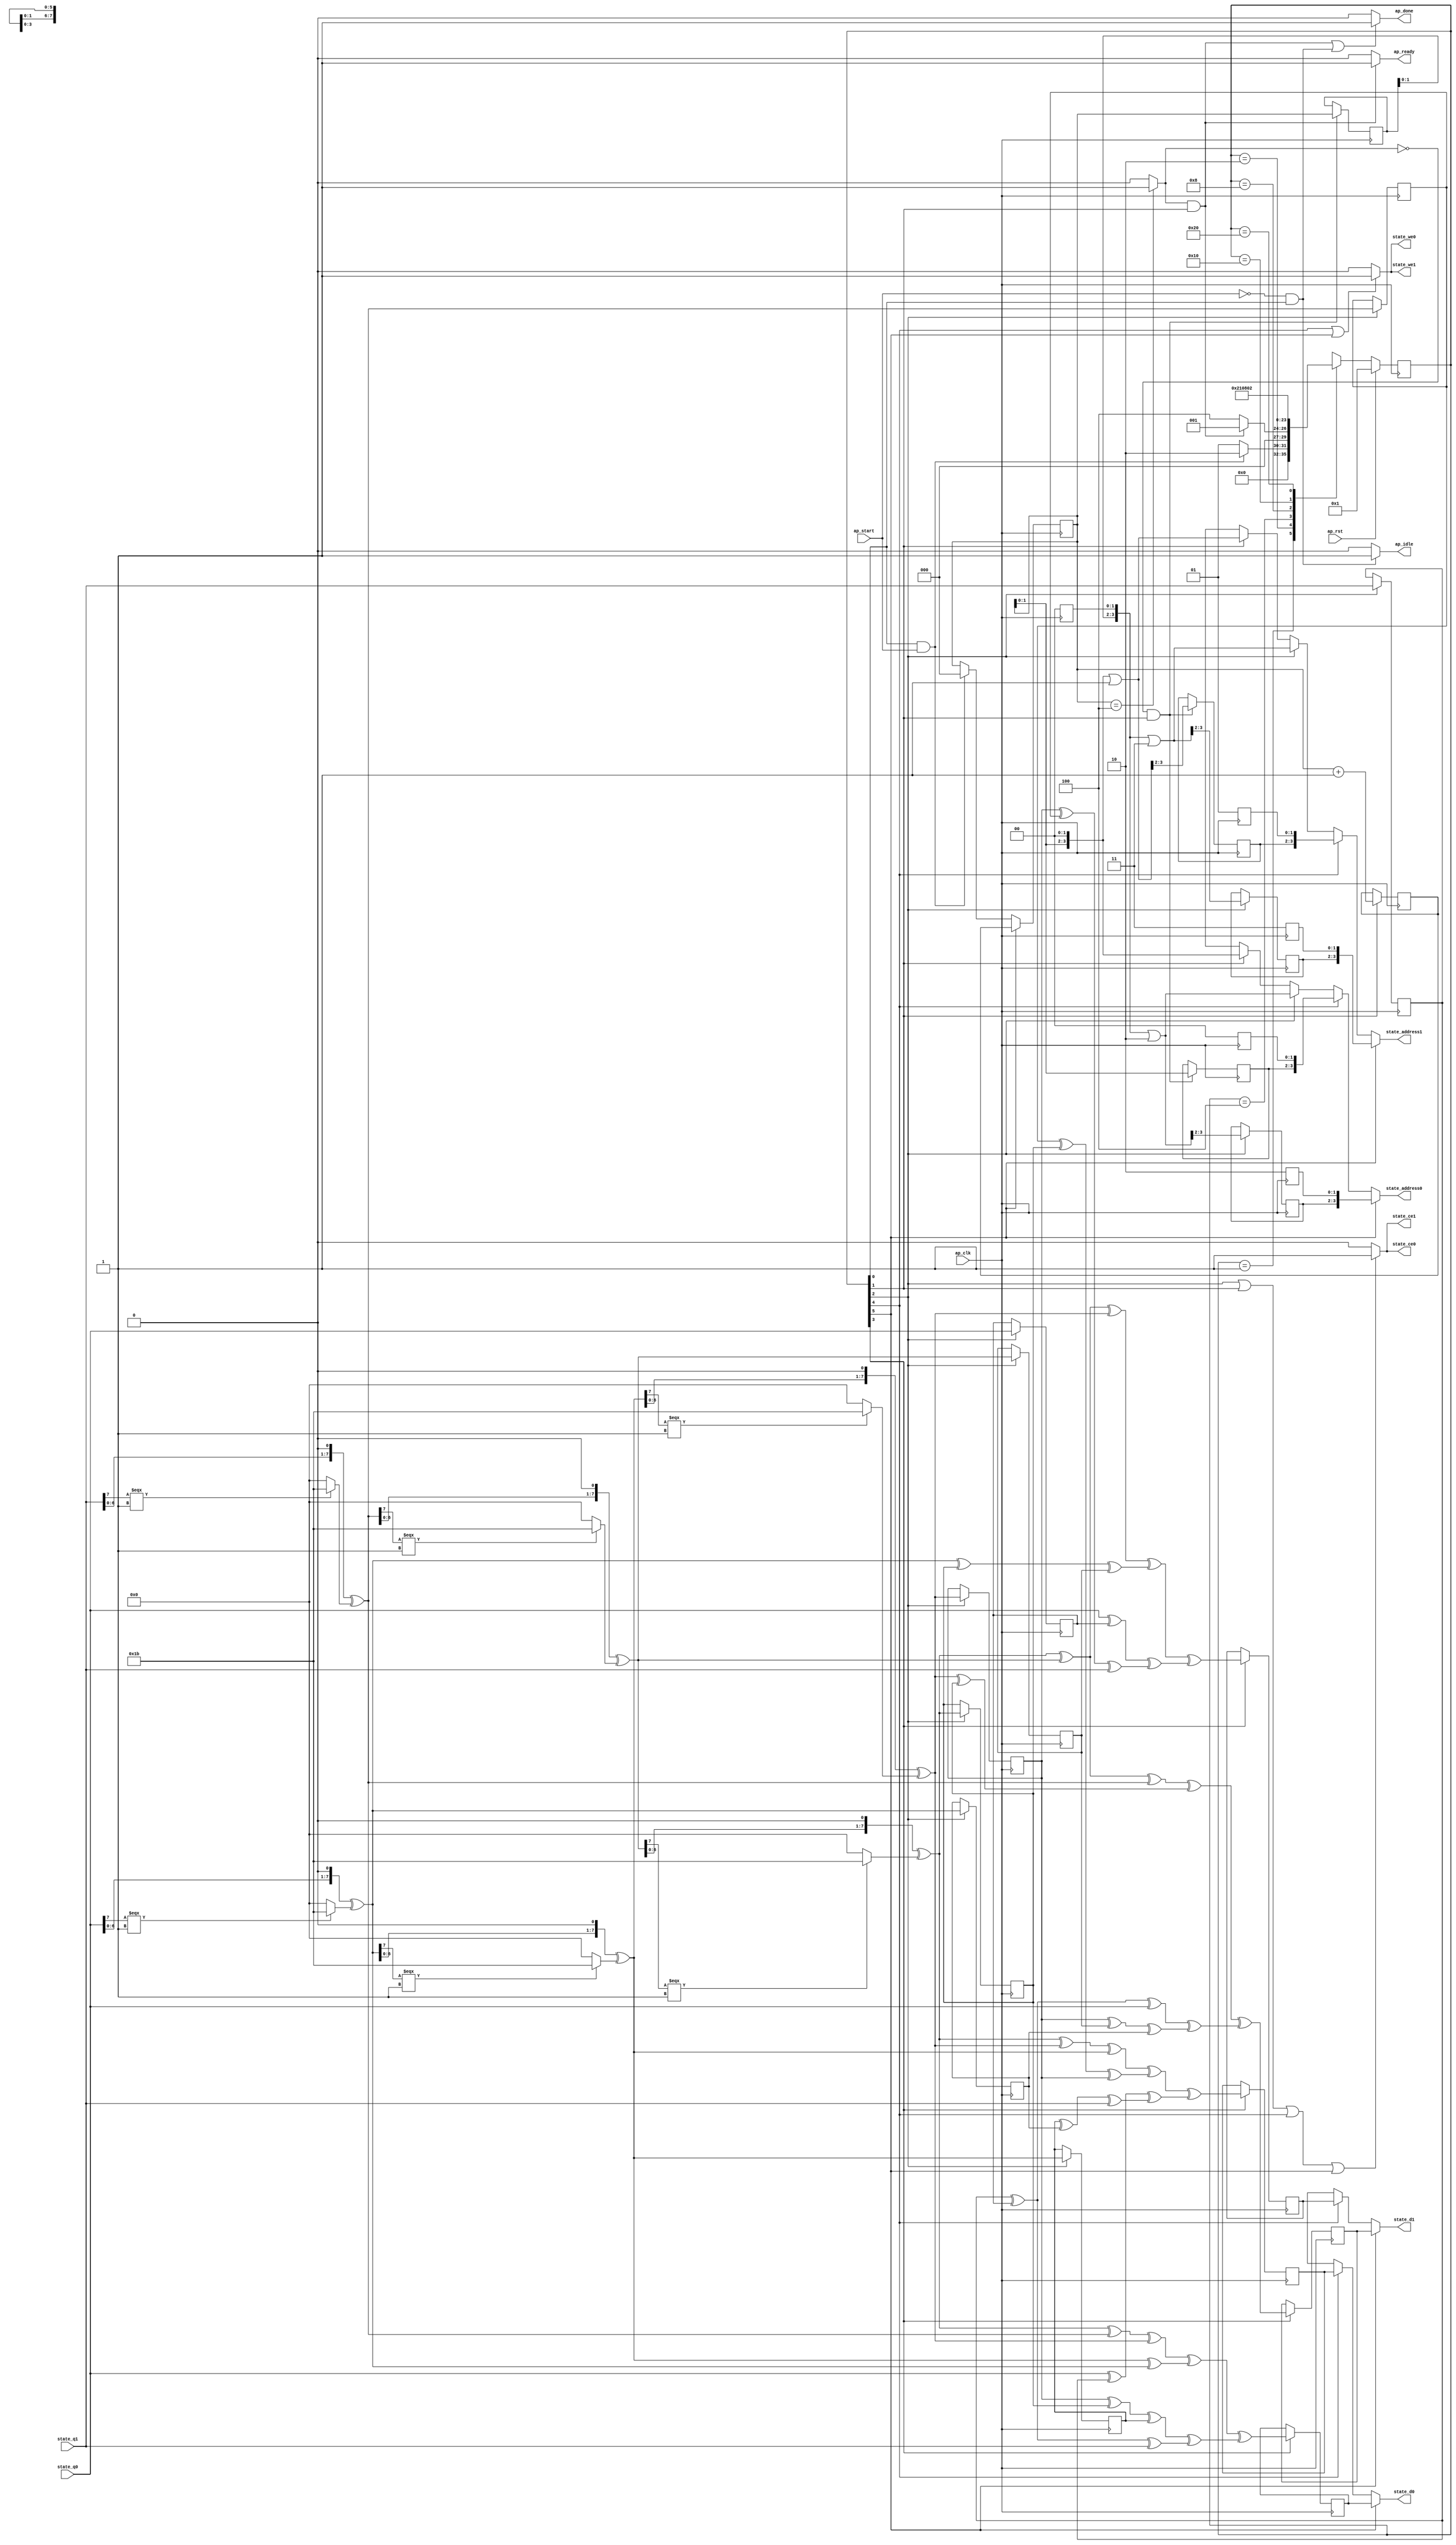
// ==============================================================
// RTL generated by Vivado(TM) HLS - High-Level Synthesis from C, C++ and SystemC
// Version: 2019.1
// Copyright (C) 1986-2019 Xilinx, Inc. All Rights Reserved.
// 
// ===========================================================

`timescale 1 ns / 1 ps 

module InvMixColumns (
        ap_clk,
        ap_rst,
        ap_start,
        ap_done,
        ap_idle,
        ap_ready,
        state_address0,
        state_ce0,
        state_we0,
        state_d0,
        state_q0,
        state_address1,
        state_ce1,
        state_we1,
        state_d1,
        state_q1
);

parameter    ap_ST_fsm_state1 = 6'd1;
parameter    ap_ST_fsm_state2 = 6'd2;
parameter    ap_ST_fsm_state3 = 6'd4;
parameter    ap_ST_fsm_state4 = 6'd8;
parameter    ap_ST_fsm_state5 = 6'd16;
parameter    ap_ST_fsm_state6 = 6'd32;

input   ap_clk;
input   ap_rst;
input   ap_start;
output   ap_done;
output   ap_idle;
output   ap_ready;
output  [3:0] state_address0;
output   state_ce0;
output   state_we0;
output  [7:0] state_d0;
input  [7:0] state_q0;
output  [3:0] state_address1;
output   state_ce1;
output   state_we1;
output  [7:0] state_d1;
input  [7:0] state_q1;

reg ap_done;
reg ap_idle;
reg ap_ready;
reg[3:0] state_address0;
reg state_ce0;
reg state_we0;
reg[7:0] state_d0;
reg[3:0] state_address1;
reg state_ce1;
reg state_we1;
reg[7:0] state_d1;

(* fsm_encoding = "none" *) reg   [5:0] ap_CS_fsm;
wire    ap_CS_fsm_state1;
wire   [2:0] i_fu_96_p2;
reg   [2:0] i_reg_705;
wire    ap_CS_fsm_state2;
wire   [4:0] tmp_fu_102_p3;
reg   [4:0] tmp_reg_710;
wire   [0:0] icmp_ln352_fu_90_p2;
reg   [3:0] state_addr_reg_716;
reg   [3:0] state_addr_1_reg_721;
reg   [3:0] state_addr_2_reg_726;
wire    ap_CS_fsm_state3;
reg   [3:0] state_addr_3_reg_731;
reg   [7:0] a_reg_736;
reg   [7:0] b_reg_742;
wire   [7:0] xor_ln302_1_fu_180_p2;
reg   [7:0] xor_ln302_1_reg_748;
wire   [7:0] xor_ln302_2_fu_208_p2;
reg   [7:0] xor_ln302_2_reg_754;
wire   [7:0] xor_ln302_fu_236_p2;
reg   [7:0] xor_ln302_reg_760;
wire   [7:0] xor_ln302_4_fu_264_p2;
reg   [7:0] xor_ln302_4_reg_768;
wire   [7:0] xor_ln302_5_fu_292_p2;
reg   [7:0] xor_ln302_5_reg_774;
wire   [7:0] xor_ln302_3_fu_320_p2;
reg   [7:0] xor_ln302_3_reg_780;
wire   [7:0] xor_ln359_9_fu_542_p2;
reg   [7:0] xor_ln359_9_reg_788;
wire    ap_CS_fsm_state4;
wire   [7:0] xor_ln360_9_fu_597_p2;
reg   [7:0] xor_ln360_9_reg_793;
wire   [7:0] xor_ln361_9_fu_652_p2;
reg   [7:0] xor_ln361_9_reg_798;
wire   [7:0] xor_ln362_7_fu_696_p2;
reg   [7:0] xor_ln362_7_reg_803;
reg   [2:0] i_0_reg_79;
wire    ap_CS_fsm_state6;
wire   [63:0] zext_ln354_fu_110_p1;
wire   [63:0] tmp_1_fu_121_p3;
wire   [63:0] tmp_2_fu_135_p3;
wire   [63:0] tmp_3_fu_149_p3;
wire    ap_CS_fsm_state5;
wire   [4:0] or_ln355_fu_115_p2;
wire   [4:0] or_ln356_fu_130_p2;
wire   [4:0] or_ln357_fu_144_p2;
wire   [0:0] tmp_4_fu_164_p3;
wire   [7:0] select_ln302_fu_172_p3;
wire   [7:0] shl_ln302_fu_158_p2;
wire   [0:0] tmp_5_fu_192_p3;
wire   [7:0] select_ln302_1_fu_200_p3;
wire   [7:0] shl_ln302_1_fu_186_p2;
wire   [0:0] tmp_6_fu_220_p3;
wire   [7:0] select_ln302_2_fu_228_p3;
wire   [7:0] shl_ln302_2_fu_214_p2;
wire   [0:0] tmp_7_fu_248_p3;
wire   [7:0] select_ln302_3_fu_256_p3;
wire   [7:0] shl_ln302_3_fu_242_p2;
wire   [0:0] tmp_8_fu_276_p3;
wire   [7:0] select_ln302_4_fu_284_p3;
wire   [7:0] shl_ln302_4_fu_270_p2;
wire   [0:0] tmp_9_fu_304_p3;
wire   [7:0] select_ln302_5_fu_312_p3;
wire   [7:0] shl_ln302_5_fu_298_p2;
wire   [0:0] tmp_10_fu_332_p3;
wire   [7:0] select_ln302_6_fu_340_p3;
wire   [7:0] shl_ln302_6_fu_326_p2;
wire   [7:0] xor_ln302_7_fu_348_p2;
wire   [0:0] tmp_11_fu_360_p3;
wire   [7:0] select_ln302_7_fu_368_p3;
wire   [7:0] shl_ln302_7_fu_354_p2;
wire   [7:0] xor_ln302_8_fu_376_p2;
wire   [0:0] tmp_12_fu_388_p3;
wire   [7:0] select_ln302_8_fu_396_p3;
wire   [7:0] shl_ln302_8_fu_382_p2;
wire   [0:0] tmp_13_fu_416_p3;
wire   [7:0] select_ln302_9_fu_424_p3;
wire   [7:0] shl_ln302_9_fu_410_p2;
wire   [7:0] xor_ln302_10_fu_432_p2;
wire   [0:0] tmp_14_fu_444_p3;
wire   [7:0] select_ln302_10_fu_452_p3;
wire   [7:0] shl_ln302_10_fu_438_p2;
wire   [7:0] xor_ln302_11_fu_460_p2;
wire   [0:0] tmp_15_fu_472_p3;
wire   [7:0] select_ln302_11_fu_480_p3;
wire   [7:0] shl_ln302_11_fu_466_p2;
wire   [7:0] xor_ln359_1_fu_499_p2;
wire   [7:0] xor_ln359_2_fu_503_p2;
wire   [7:0] xor_ln359_fu_494_p2;
wire   [7:0] xor_ln359_4_fu_515_p2;
wire   [7:0] xor_ln302_6_fu_404_p2;
wire   [7:0] xor_ln302_9_fu_488_p2;
wire   [7:0] xor_ln359_6_fu_524_p2;
wire   [7:0] xor_ln359_7_fu_530_p2;
wire   [7:0] xor_ln359_5_fu_519_p2;
wire   [7:0] xor_ln359_8_fu_536_p2;
wire   [7:0] xor_ln359_3_fu_509_p2;
wire   [7:0] xor_ln360_1_fu_553_p2;
wire   [7:0] xor_ln360_2_fu_557_p2;
wire   [7:0] xor_ln360_fu_548_p2;
wire   [7:0] xor_ln360_4_fu_569_p2;
wire   [7:0] xor_ln360_6_fu_579_p2;
wire   [7:0] xor_ln360_7_fu_585_p2;
wire   [7:0] xor_ln360_5_fu_574_p2;
wire   [7:0] xor_ln360_8_fu_591_p2;
wire   [7:0] xor_ln360_3_fu_563_p2;
wire   [7:0] xor_ln361_fu_603_p2;
wire   [7:0] xor_ln361_2_fu_613_p2;
wire   [7:0] xor_ln361_3_fu_617_p2;
wire   [7:0] xor_ln361_1_fu_607_p2;
wire   [7:0] xor_ln361_6_fu_634_p2;
wire   [7:0] xor_ln361_7_fu_640_p2;
wire   [7:0] xor_ln361_5_fu_628_p2;
wire   [7:0] xor_ln361_8_fu_646_p2;
wire   [7:0] xor_ln361_4_fu_622_p2;
wire   [7:0] xor_ln362_1_fu_664_p2;
wire   [7:0] xor_ln362_2_fu_668_p2;
wire   [7:0] xor_ln362_fu_658_p2;
wire   [7:0] xor_ln362_5_fu_684_p2;
wire   [7:0] xor_ln362_4_fu_679_p2;
wire   [7:0] xor_ln362_6_fu_690_p2;
wire   [7:0] xor_ln362_3_fu_673_p2;
reg   [5:0] ap_NS_fsm;

// power-on initialization
initial begin
#0 ap_CS_fsm = 6'd1;
end

always @ (posedge ap_clk) begin
    if (ap_rst == 1'b1) begin
        ap_CS_fsm <= ap_ST_fsm_state1;
    end else begin
        ap_CS_fsm <= ap_NS_fsm;
    end
end

always @ (posedge ap_clk) begin
    if ((1'b1 == ap_CS_fsm_state6)) begin
        i_0_reg_79 <= i_reg_705;
    end else if (((1'b1 == ap_CS_fsm_state1) & (ap_start == 1'b1))) begin
        i_0_reg_79 <= 3'd0;
    end
end

always @ (posedge ap_clk) begin
    if ((1'b1 == ap_CS_fsm_state3)) begin
        a_reg_736 <= state_q0;
        b_reg_742 <= state_q1;
        state_addr_2_reg_726[3 : 2] <= tmp_2_fu_135_p3[3 : 2];
        state_addr_3_reg_731[3 : 2] <= tmp_3_fu_149_p3[3 : 2];
        xor_ln302_1_reg_748 <= xor_ln302_1_fu_180_p2;
        xor_ln302_2_reg_754 <= xor_ln302_2_fu_208_p2;
        xor_ln302_3_reg_780 <= xor_ln302_3_fu_320_p2;
        xor_ln302_4_reg_768 <= xor_ln302_4_fu_264_p2;
        xor_ln302_5_reg_774 <= xor_ln302_5_fu_292_p2;
        xor_ln302_reg_760 <= xor_ln302_fu_236_p2;
    end
end

always @ (posedge ap_clk) begin
    if ((1'b1 == ap_CS_fsm_state2)) begin
        i_reg_705 <= i_fu_96_p2;
    end
end

always @ (posedge ap_clk) begin
    if (((icmp_ln352_fu_90_p2 == 1'd0) & (1'b1 == ap_CS_fsm_state2))) begin
        state_addr_1_reg_721[3 : 2] <= tmp_1_fu_121_p3[3 : 2];
        state_addr_reg_716[3 : 2] <= zext_ln354_fu_110_p1[3 : 2];
        tmp_reg_710[4 : 2] <= tmp_fu_102_p3[4 : 2];
    end
end

always @ (posedge ap_clk) begin
    if ((1'b1 == ap_CS_fsm_state4)) begin
        xor_ln359_9_reg_788 <= xor_ln359_9_fu_542_p2;
        xor_ln360_9_reg_793 <= xor_ln360_9_fu_597_p2;
        xor_ln361_9_reg_798 <= xor_ln361_9_fu_652_p2;
        xor_ln362_7_reg_803 <= xor_ln362_7_fu_696_p2;
    end
end

always @ (*) begin
    if ((((icmp_ln352_fu_90_p2 == 1'd1) & (1'b1 == ap_CS_fsm_state2)) | ((ap_start == 1'b0) & (1'b1 == ap_CS_fsm_state1)))) begin
        ap_done = 1'b1;
    end else begin
        ap_done = 1'b0;
    end
end

always @ (*) begin
    if (((ap_start == 1'b0) & (1'b1 == ap_CS_fsm_state1))) begin
        ap_idle = 1'b1;
    end else begin
        ap_idle = 1'b0;
    end
end

always @ (*) begin
    if (((icmp_ln352_fu_90_p2 == 1'd1) & (1'b1 == ap_CS_fsm_state2))) begin
        ap_ready = 1'b1;
    end else begin
        ap_ready = 1'b0;
    end
end

always @ (*) begin
    if ((1'b1 == ap_CS_fsm_state6)) begin
        state_address0 = state_addr_2_reg_726;
    end else if ((1'b1 == ap_CS_fsm_state5)) begin
        state_address0 = state_addr_reg_716;
    end else if ((1'b1 == ap_CS_fsm_state3)) begin
        state_address0 = tmp_2_fu_135_p3;
    end else if ((1'b1 == ap_CS_fsm_state2)) begin
        state_address0 = zext_ln354_fu_110_p1;
    end else begin
        state_address0 = 'bx;
    end
end

always @ (*) begin
    if ((1'b1 == ap_CS_fsm_state6)) begin
        state_address1 = state_addr_3_reg_731;
    end else if ((1'b1 == ap_CS_fsm_state5)) begin
        state_address1 = state_addr_1_reg_721;
    end else if ((1'b1 == ap_CS_fsm_state3)) begin
        state_address1 = tmp_3_fu_149_p3;
    end else if ((1'b1 == ap_CS_fsm_state2)) begin
        state_address1 = tmp_1_fu_121_p3;
    end else begin
        state_address1 = 'bx;
    end
end

always @ (*) begin
    if (((1'b1 == ap_CS_fsm_state3) | (1'b1 == ap_CS_fsm_state2) | (1'b1 == ap_CS_fsm_state5) | (1'b1 == ap_CS_fsm_state6))) begin
        state_ce0 = 1'b1;
    end else begin
        state_ce0 = 1'b0;
    end
end

always @ (*) begin
    if (((1'b1 == ap_CS_fsm_state3) | (1'b1 == ap_CS_fsm_state2) | (1'b1 == ap_CS_fsm_state5) | (1'b1 == ap_CS_fsm_state6))) begin
        state_ce1 = 1'b1;
    end else begin
        state_ce1 = 1'b0;
    end
end

always @ (*) begin
    if ((1'b1 == ap_CS_fsm_state6)) begin
        state_d0 = xor_ln361_9_reg_798;
    end else if ((1'b1 == ap_CS_fsm_state5)) begin
        state_d0 = xor_ln359_9_reg_788;
    end else begin
        state_d0 = 'bx;
    end
end

always @ (*) begin
    if ((1'b1 == ap_CS_fsm_state6)) begin
        state_d1 = xor_ln362_7_reg_803;
    end else if ((1'b1 == ap_CS_fsm_state5)) begin
        state_d1 = xor_ln360_9_reg_793;
    end else begin
        state_d1 = 'bx;
    end
end

always @ (*) begin
    if (((1'b1 == ap_CS_fsm_state5) | (1'b1 == ap_CS_fsm_state6))) begin
        state_we0 = 1'b1;
    end else begin
        state_we0 = 1'b0;
    end
end

always @ (*) begin
    if (((1'b1 == ap_CS_fsm_state5) | (1'b1 == ap_CS_fsm_state6))) begin
        state_we1 = 1'b1;
    end else begin
        state_we1 = 1'b0;
    end
end

always @ (*) begin
    case (ap_CS_fsm)
        ap_ST_fsm_state1 : begin
            if (((1'b1 == ap_CS_fsm_state1) & (ap_start == 1'b1))) begin
                ap_NS_fsm = ap_ST_fsm_state2;
            end else begin
                ap_NS_fsm = ap_ST_fsm_state1;
            end
        end
        ap_ST_fsm_state2 : begin
            if (((icmp_ln352_fu_90_p2 == 1'd1) & (1'b1 == ap_CS_fsm_state2))) begin
                ap_NS_fsm = ap_ST_fsm_state1;
            end else begin
                ap_NS_fsm = ap_ST_fsm_state3;
            end
        end
        ap_ST_fsm_state3 : begin
            ap_NS_fsm = ap_ST_fsm_state4;
        end
        ap_ST_fsm_state4 : begin
            ap_NS_fsm = ap_ST_fsm_state5;
        end
        ap_ST_fsm_state5 : begin
            ap_NS_fsm = ap_ST_fsm_state6;
        end
        ap_ST_fsm_state6 : begin
            ap_NS_fsm = ap_ST_fsm_state2;
        end
        default : begin
            ap_NS_fsm = 'bx;
        end
    endcase
end

assign ap_CS_fsm_state1 = ap_CS_fsm[32'd0];

assign ap_CS_fsm_state2 = ap_CS_fsm[32'd1];

assign ap_CS_fsm_state3 = ap_CS_fsm[32'd2];

assign ap_CS_fsm_state4 = ap_CS_fsm[32'd3];

assign ap_CS_fsm_state5 = ap_CS_fsm[32'd4];

assign ap_CS_fsm_state6 = ap_CS_fsm[32'd5];

assign i_fu_96_p2 = (i_0_reg_79 + 3'd1);

assign icmp_ln352_fu_90_p2 = ((i_0_reg_79 == 3'd4) ? 1'b1 : 1'b0);

assign or_ln355_fu_115_p2 = (tmp_fu_102_p3 | 5'd1);

assign or_ln356_fu_130_p2 = (tmp_reg_710 | 5'd2);

assign or_ln357_fu_144_p2 = (tmp_reg_710 | 5'd3);

assign select_ln302_10_fu_452_p3 = ((tmp_14_fu_444_p3[0:0] === 1'b1) ? 8'd27 : 8'd0);

assign select_ln302_11_fu_480_p3 = ((tmp_15_fu_472_p3[0:0] === 1'b1) ? 8'd27 : 8'd0);

assign select_ln302_1_fu_200_p3 = ((tmp_5_fu_192_p3[0:0] === 1'b1) ? 8'd27 : 8'd0);

assign select_ln302_2_fu_228_p3 = ((tmp_6_fu_220_p3[0:0] === 1'b1) ? 8'd27 : 8'd0);

assign select_ln302_3_fu_256_p3 = ((tmp_7_fu_248_p3[0:0] === 1'b1) ? 8'd27 : 8'd0);

assign select_ln302_4_fu_284_p3 = ((tmp_8_fu_276_p3[0:0] === 1'b1) ? 8'd27 : 8'd0);

assign select_ln302_5_fu_312_p3 = ((tmp_9_fu_304_p3[0:0] === 1'b1) ? 8'd27 : 8'd0);

assign select_ln302_6_fu_340_p3 = ((tmp_10_fu_332_p3[0:0] === 1'b1) ? 8'd27 : 8'd0);

assign select_ln302_7_fu_368_p3 = ((tmp_11_fu_360_p3[0:0] === 1'b1) ? 8'd27 : 8'd0);

assign select_ln302_8_fu_396_p3 = ((tmp_12_fu_388_p3[0:0] === 1'b1) ? 8'd27 : 8'd0);

assign select_ln302_9_fu_424_p3 = ((tmp_13_fu_416_p3[0:0] === 1'b1) ? 8'd27 : 8'd0);

assign select_ln302_fu_172_p3 = ((tmp_4_fu_164_p3[0:0] === 1'b1) ? 8'd27 : 8'd0);

assign shl_ln302_10_fu_438_p2 = xor_ln302_10_fu_432_p2 << 8'd1;

assign shl_ln302_11_fu_466_p2 = xor_ln302_11_fu_460_p2 << 8'd1;

assign shl_ln302_1_fu_186_p2 = xor_ln302_1_fu_180_p2 << 8'd1;

assign shl_ln302_2_fu_214_p2 = xor_ln302_2_fu_208_p2 << 8'd1;

assign shl_ln302_3_fu_242_p2 = state_q1 << 8'd1;

assign shl_ln302_4_fu_270_p2 = xor_ln302_4_fu_264_p2 << 8'd1;

assign shl_ln302_5_fu_298_p2 = xor_ln302_5_fu_292_p2 << 8'd1;

assign shl_ln302_6_fu_326_p2 = state_q0 << 8'd1;

assign shl_ln302_7_fu_354_p2 = xor_ln302_7_fu_348_p2 << 8'd1;

assign shl_ln302_8_fu_382_p2 = xor_ln302_8_fu_376_p2 << 8'd1;

assign shl_ln302_9_fu_410_p2 = state_q1 << 8'd1;

assign shl_ln302_fu_158_p2 = state_q0 << 8'd1;

assign tmp_10_fu_332_p3 = state_q0[32'd7];

assign tmp_11_fu_360_p3 = xor_ln302_7_fu_348_p2[32'd7];

assign tmp_12_fu_388_p3 = xor_ln302_8_fu_376_p2[32'd7];

assign tmp_13_fu_416_p3 = state_q1[32'd7];

assign tmp_14_fu_444_p3 = xor_ln302_10_fu_432_p2[32'd7];

assign tmp_15_fu_472_p3 = xor_ln302_11_fu_460_p2[32'd7];

assign tmp_1_fu_121_p3 = {{59'd0}, {or_ln355_fu_115_p2}};

assign tmp_2_fu_135_p3 = {{59'd0}, {or_ln356_fu_130_p2}};

assign tmp_3_fu_149_p3 = {{59'd0}, {or_ln357_fu_144_p2}};

assign tmp_4_fu_164_p3 = state_q0[32'd7];

assign tmp_5_fu_192_p3 = xor_ln302_1_fu_180_p2[32'd7];

assign tmp_6_fu_220_p3 = xor_ln302_2_fu_208_p2[32'd7];

assign tmp_7_fu_248_p3 = state_q1[32'd7];

assign tmp_8_fu_276_p3 = xor_ln302_4_fu_264_p2[32'd7];

assign tmp_9_fu_304_p3 = xor_ln302_5_fu_292_p2[32'd7];

assign tmp_fu_102_p3 = {{i_0_reg_79}, {2'd0}};

assign xor_ln302_10_fu_432_p2 = (shl_ln302_9_fu_410_p2 ^ select_ln302_9_fu_424_p3);

assign xor_ln302_11_fu_460_p2 = (shl_ln302_10_fu_438_p2 ^ select_ln302_10_fu_452_p3);

assign xor_ln302_1_fu_180_p2 = (shl_ln302_fu_158_p2 ^ select_ln302_fu_172_p3);

assign xor_ln302_2_fu_208_p2 = (shl_ln302_1_fu_186_p2 ^ select_ln302_1_fu_200_p3);

assign xor_ln302_3_fu_320_p2 = (shl_ln302_5_fu_298_p2 ^ select_ln302_5_fu_312_p3);

assign xor_ln302_4_fu_264_p2 = (shl_ln302_3_fu_242_p2 ^ select_ln302_3_fu_256_p3);

assign xor_ln302_5_fu_292_p2 = (shl_ln302_4_fu_270_p2 ^ select_ln302_4_fu_284_p3);

assign xor_ln302_6_fu_404_p2 = (shl_ln302_8_fu_382_p2 ^ select_ln302_8_fu_396_p3);

assign xor_ln302_7_fu_348_p2 = (shl_ln302_6_fu_326_p2 ^ select_ln302_6_fu_340_p3);

assign xor_ln302_8_fu_376_p2 = (shl_ln302_7_fu_354_p2 ^ select_ln302_7_fu_368_p3);

assign xor_ln302_9_fu_488_p2 = (shl_ln302_11_fu_466_p2 ^ select_ln302_11_fu_480_p3);

assign xor_ln302_fu_236_p2 = (shl_ln302_2_fu_214_p2 ^ select_ln302_2_fu_228_p3);

assign xor_ln359_1_fu_499_p2 = (xor_ln302_2_reg_754 ^ xor_ln302_1_reg_748);

assign xor_ln359_2_fu_503_p2 = (xor_ln359_1_fu_499_p2 ^ state_q1);

assign xor_ln359_3_fu_509_p2 = (xor_ln359_fu_494_p2 ^ xor_ln359_2_fu_503_p2);

assign xor_ln359_4_fu_515_p2 = (xor_ln302_4_reg_768 ^ xor_ln302_3_reg_780);

assign xor_ln359_5_fu_519_p2 = (xor_ln359_4_fu_515_p2 ^ xor_ln302_reg_760);

assign xor_ln359_6_fu_524_p2 = (xor_ln302_9_fu_488_p2 ^ xor_ln302_6_fu_404_p2);

assign xor_ln359_7_fu_530_p2 = (xor_ln359_6_fu_524_p2 ^ xor_ln302_8_fu_376_p2);

assign xor_ln359_8_fu_536_p2 = (xor_ln359_7_fu_530_p2 ^ xor_ln359_5_fu_519_p2);

assign xor_ln359_9_fu_542_p2 = (xor_ln359_8_fu_536_p2 ^ xor_ln359_3_fu_509_p2);

assign xor_ln359_fu_494_p2 = (state_q0 ^ b_reg_742);

assign xor_ln360_1_fu_553_p2 = (xor_ln302_reg_760 ^ xor_ln302_4_reg_768);

assign xor_ln360_2_fu_557_p2 = (xor_ln360_1_fu_553_p2 ^ state_q1);

assign xor_ln360_3_fu_563_p2 = (xor_ln360_fu_548_p2 ^ xor_ln360_2_fu_557_p2);

assign xor_ln360_4_fu_569_p2 = (xor_ln302_7_fu_348_p2 ^ xor_ln302_3_reg_780);

assign xor_ln360_5_fu_574_p2 = (xor_ln360_4_fu_569_p2 ^ xor_ln302_5_reg_774);

assign xor_ln360_6_fu_579_p2 = (xor_ln302_9_fu_488_p2 ^ xor_ln302_11_fu_460_p2);

assign xor_ln360_7_fu_585_p2 = (xor_ln360_6_fu_579_p2 ^ xor_ln302_6_fu_404_p2);

assign xor_ln360_8_fu_591_p2 = (xor_ln360_7_fu_585_p2 ^ xor_ln360_5_fu_574_p2);

assign xor_ln360_9_fu_597_p2 = (xor_ln360_8_fu_591_p2 ^ xor_ln360_3_fu_563_p2);

assign xor_ln360_fu_548_p2 = (state_q0 ^ a_reg_736);

assign xor_ln361_1_fu_607_p2 = (xor_ln361_fu_603_p2 ^ state_q1);

assign xor_ln361_2_fu_613_p2 = (xor_ln302_reg_760 ^ xor_ln302_3_reg_780);

assign xor_ln361_3_fu_617_p2 = (xor_ln361_2_fu_613_p2 ^ xor_ln302_2_reg_754);

assign xor_ln361_4_fu_622_p2 = (xor_ln361_3_fu_617_p2 ^ xor_ln361_1_fu_607_p2);

assign xor_ln361_5_fu_628_p2 = (xor_ln302_8_fu_376_p2 ^ xor_ln302_7_fu_348_p2);

assign xor_ln361_6_fu_634_p2 = (xor_ln302_9_fu_488_p2 ^ xor_ln302_10_fu_432_p2);

assign xor_ln361_7_fu_640_p2 = (xor_ln361_6_fu_634_p2 ^ xor_ln302_6_fu_404_p2);

assign xor_ln361_8_fu_646_p2 = (xor_ln361_7_fu_640_p2 ^ xor_ln361_5_fu_628_p2);

assign xor_ln361_9_fu_652_p2 = (xor_ln361_8_fu_646_p2 ^ xor_ln361_4_fu_622_p2);

assign xor_ln361_fu_603_p2 = (b_reg_742 ^ a_reg_736);

assign xor_ln362_1_fu_664_p2 = (xor_ln302_reg_760 ^ xor_ln302_5_reg_774);

assign xor_ln362_2_fu_668_p2 = (xor_ln362_1_fu_664_p2 ^ xor_ln302_1_reg_748);

assign xor_ln362_3_fu_673_p2 = (xor_ln362_fu_658_p2 ^ xor_ln362_2_fu_668_p2);

assign xor_ln362_4_fu_679_p2 = (xor_ln302_6_fu_404_p2 ^ xor_ln302_3_reg_780);

assign xor_ln362_5_fu_684_p2 = (xor_ln360_6_fu_579_p2 ^ xor_ln302_10_fu_432_p2);

assign xor_ln362_6_fu_690_p2 = (xor_ln362_5_fu_684_p2 ^ xor_ln362_4_fu_679_p2);

assign xor_ln362_7_fu_696_p2 = (xor_ln362_6_fu_690_p2 ^ xor_ln362_3_fu_673_p2);

assign xor_ln362_fu_658_p2 = (xor_ln361_fu_603_p2 ^ state_q0);

assign zext_ln354_fu_110_p1 = tmp_fu_102_p3;

always @ (posedge ap_clk) begin
    tmp_reg_710[1:0] <= 2'b00;
    state_addr_reg_716[1:0] <= 2'b00;
    state_addr_1_reg_721[1:0] <= 2'b01;
    state_addr_2_reg_726[1:0] <= 2'b10;
    state_addr_3_reg_731[1:0] <= 2'b11;
end

endmodule //InvMixColumns